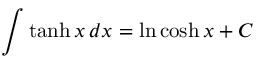
\int \operatorname { t a n h } x \, d x = \ln \cosh x + C